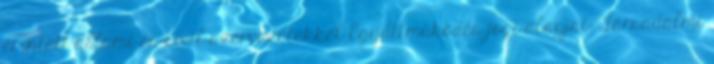
érintett állami és civil szervezetekkel Együttműködés jogi alapjai: Társadalmi